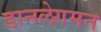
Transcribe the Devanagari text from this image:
डानलेगमन